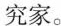
究家。